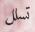
تسلل